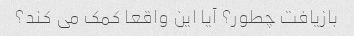
بازیافت چطور؟ آیا این واقعا کمک می کند؟